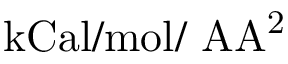
\mathrm { k C a l / m o l / \ A A ^ { 2 } }